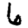
Digit: 6